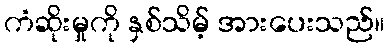
ကံဆိုးမှုကို နှစ်သိမ့် အားပေးသည်။